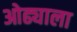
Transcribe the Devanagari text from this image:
ओढ्याला